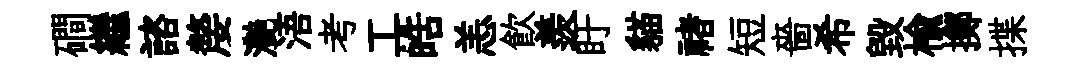
磵繼諮嫠灔浯考工皓恙飲羨盱貓禇短嗇希毁榆擲揲